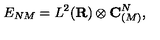
E _ { N M } = L ^ { 2 } ( { \bf R } ) \otimes { \bf C } _ { ( M ) } ^ { N } ,